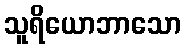
သူရိယောဘာသော